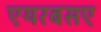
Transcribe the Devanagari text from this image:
एयरबसए